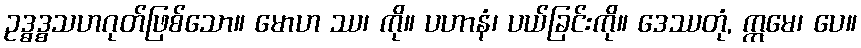
ဥဒ္ဓဒ္စသဟဂုတ်ဖြစ်သော။ မောဟ ဿ၊ ကို။ ပဟာနံ၊ ပယ်ခြင်းကို။ ဒေဿတုံ, ဣမေ၊ ပေ။